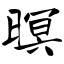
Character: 暝